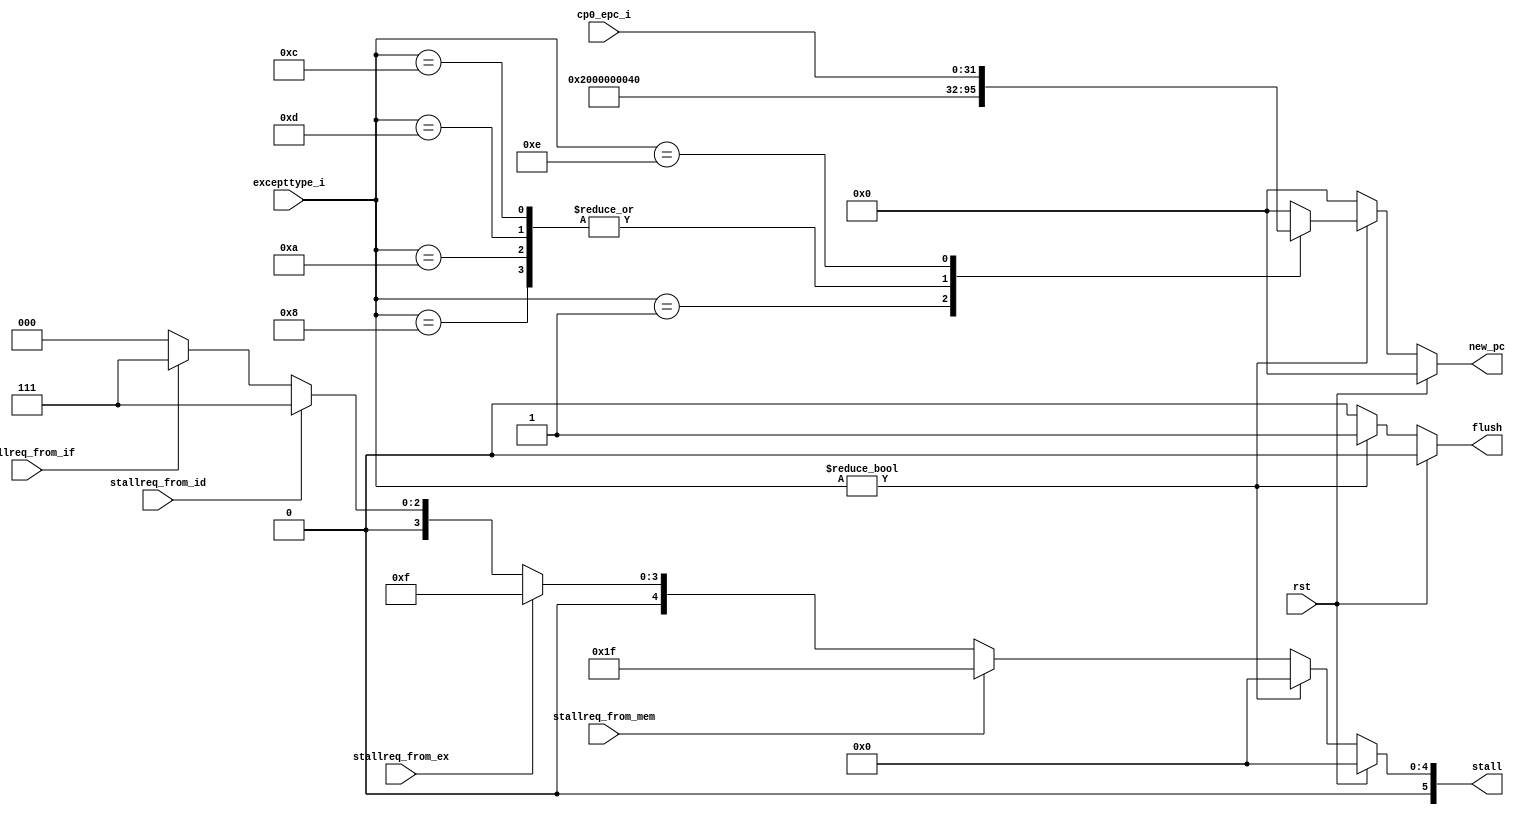
module ctrl(
	input rst,
	input stallreq_from_if,
	input stallreq_from_id, //
	input stallreq_from_ex, //
	input stallreq_from_mem,
	output reg [5:0] stall,

	//
	input [31:0] excepttype_i, cp0_epc_i,
	output reg [31:0] new_pc,
	output reg flush
	
);

always @(*) begin
	if(rst) begin 
		stall = 0;
		flush = 0;
		new_pc = 0;
	end else if(excepttype_i!=0) begin
		flush = 1;
		stall = 0;
		new_pc = 0;
		case (excepttype_i)
			32'h1: new_pc = 32'h20; //interrupt
			32'h8: new_pc = 32'h40;  //syscall
			32'ha: new_pc = 32'h40;  //inst_invalid
			32'hd: new_pc = 32'h40;  //trap
			32'hc: new_pc = 32'h40;  //ov
			32'he: new_pc = cp0_epc_i; //eret
			default: ;
		endcase
	end else if (stallreq_from_mem) begin
		stall = 6'b011111;
		flush = 0;
		new_pc = 0;
	end else if(stallreq_from_ex) begin
		stall = 6'b001111;
		flush = 0;
		new_pc = 0;
	end else if(stallreq_from_id) begin 
		stall = 6'b000111;
		flush = 0;
		new_pc = 0;
	end else if(stallreq_from_if) begin
		stall = 6'b000111;
		flush = 0;
		new_pc = 0;
	end	else begin 
		stall = 0;
		flush = 0;
		new_pc = 0;
	end
end

endmodule // ctrlinput rst,